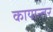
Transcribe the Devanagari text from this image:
कायान्तर